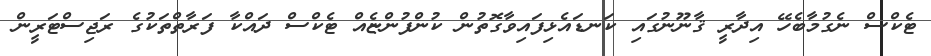
ޓެކްސް ނެގުމާބެހޭ އިދާރީ ޤާނޫނުގައި ކަނޑައެޅިފައިވާގޮތުން ކުންފުންޏެއް ޓެކްސް ދައްކާ ފަރާތްތަކުގެ ރަޖިސްޓަރީން